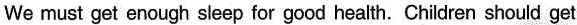
We must get enough sleep for good health. Children should get